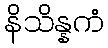
နိသိန္နကံ